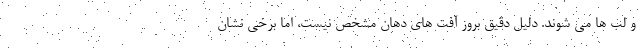
و لب ها می شوند. دلیل دقیق بروز آفت های دهان مشخص نیست، اما برخی نشان